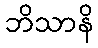
ဘိသာနိ